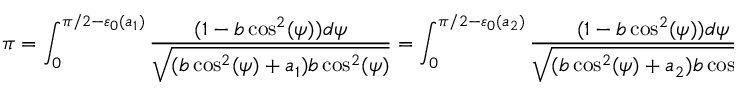
\pi = \int _ { 0 } ^ { \pi / 2 - \varepsilon _ { 0 } ( a _ { 1 } ) } \frac { ( 1 - b \cos ^ { 2 } ( \psi ) ) d \psi } { \sqrt { ( b \cos ^ { 2 } ( \psi ) + a _ { 1 } ) b \cos ^ { 2 } ( \psi ) } } = \int _ { 0 } ^ { \pi / 2 - \varepsilon _ { 0 } ( a _ { 2 } ) } \frac { ( 1 - b \cos ^ { 2 } ( \psi ) ) d \psi } { \sqrt { ( b \cos ^ { 2 } ( \psi ) + a _ { 2 } ) b \cos ^ { 2 } ( \psi ) } } .